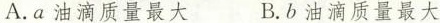
A.a油滴质量最大 B.b油滴质量最大